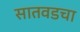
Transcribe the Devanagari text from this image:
सातवडचा